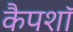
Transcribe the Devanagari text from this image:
कैपशॉ